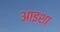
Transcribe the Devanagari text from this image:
आइशा